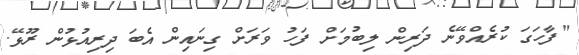
"ފާހަގަ ކުރެއްވޭނެ ދަރިން ލިބުމަށް ފަހު ވަރަށް ގިނައިން އެބަ ދިރިއުޅުން ރޫޅޭ.